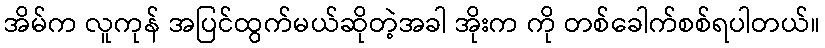
အိမ်က လူကုန် အပြင်ထွက်မယ်ဆိုတဲ့အခါ အိုးက ကို တစ်ခေါက်စစ်ရပါတယ်။